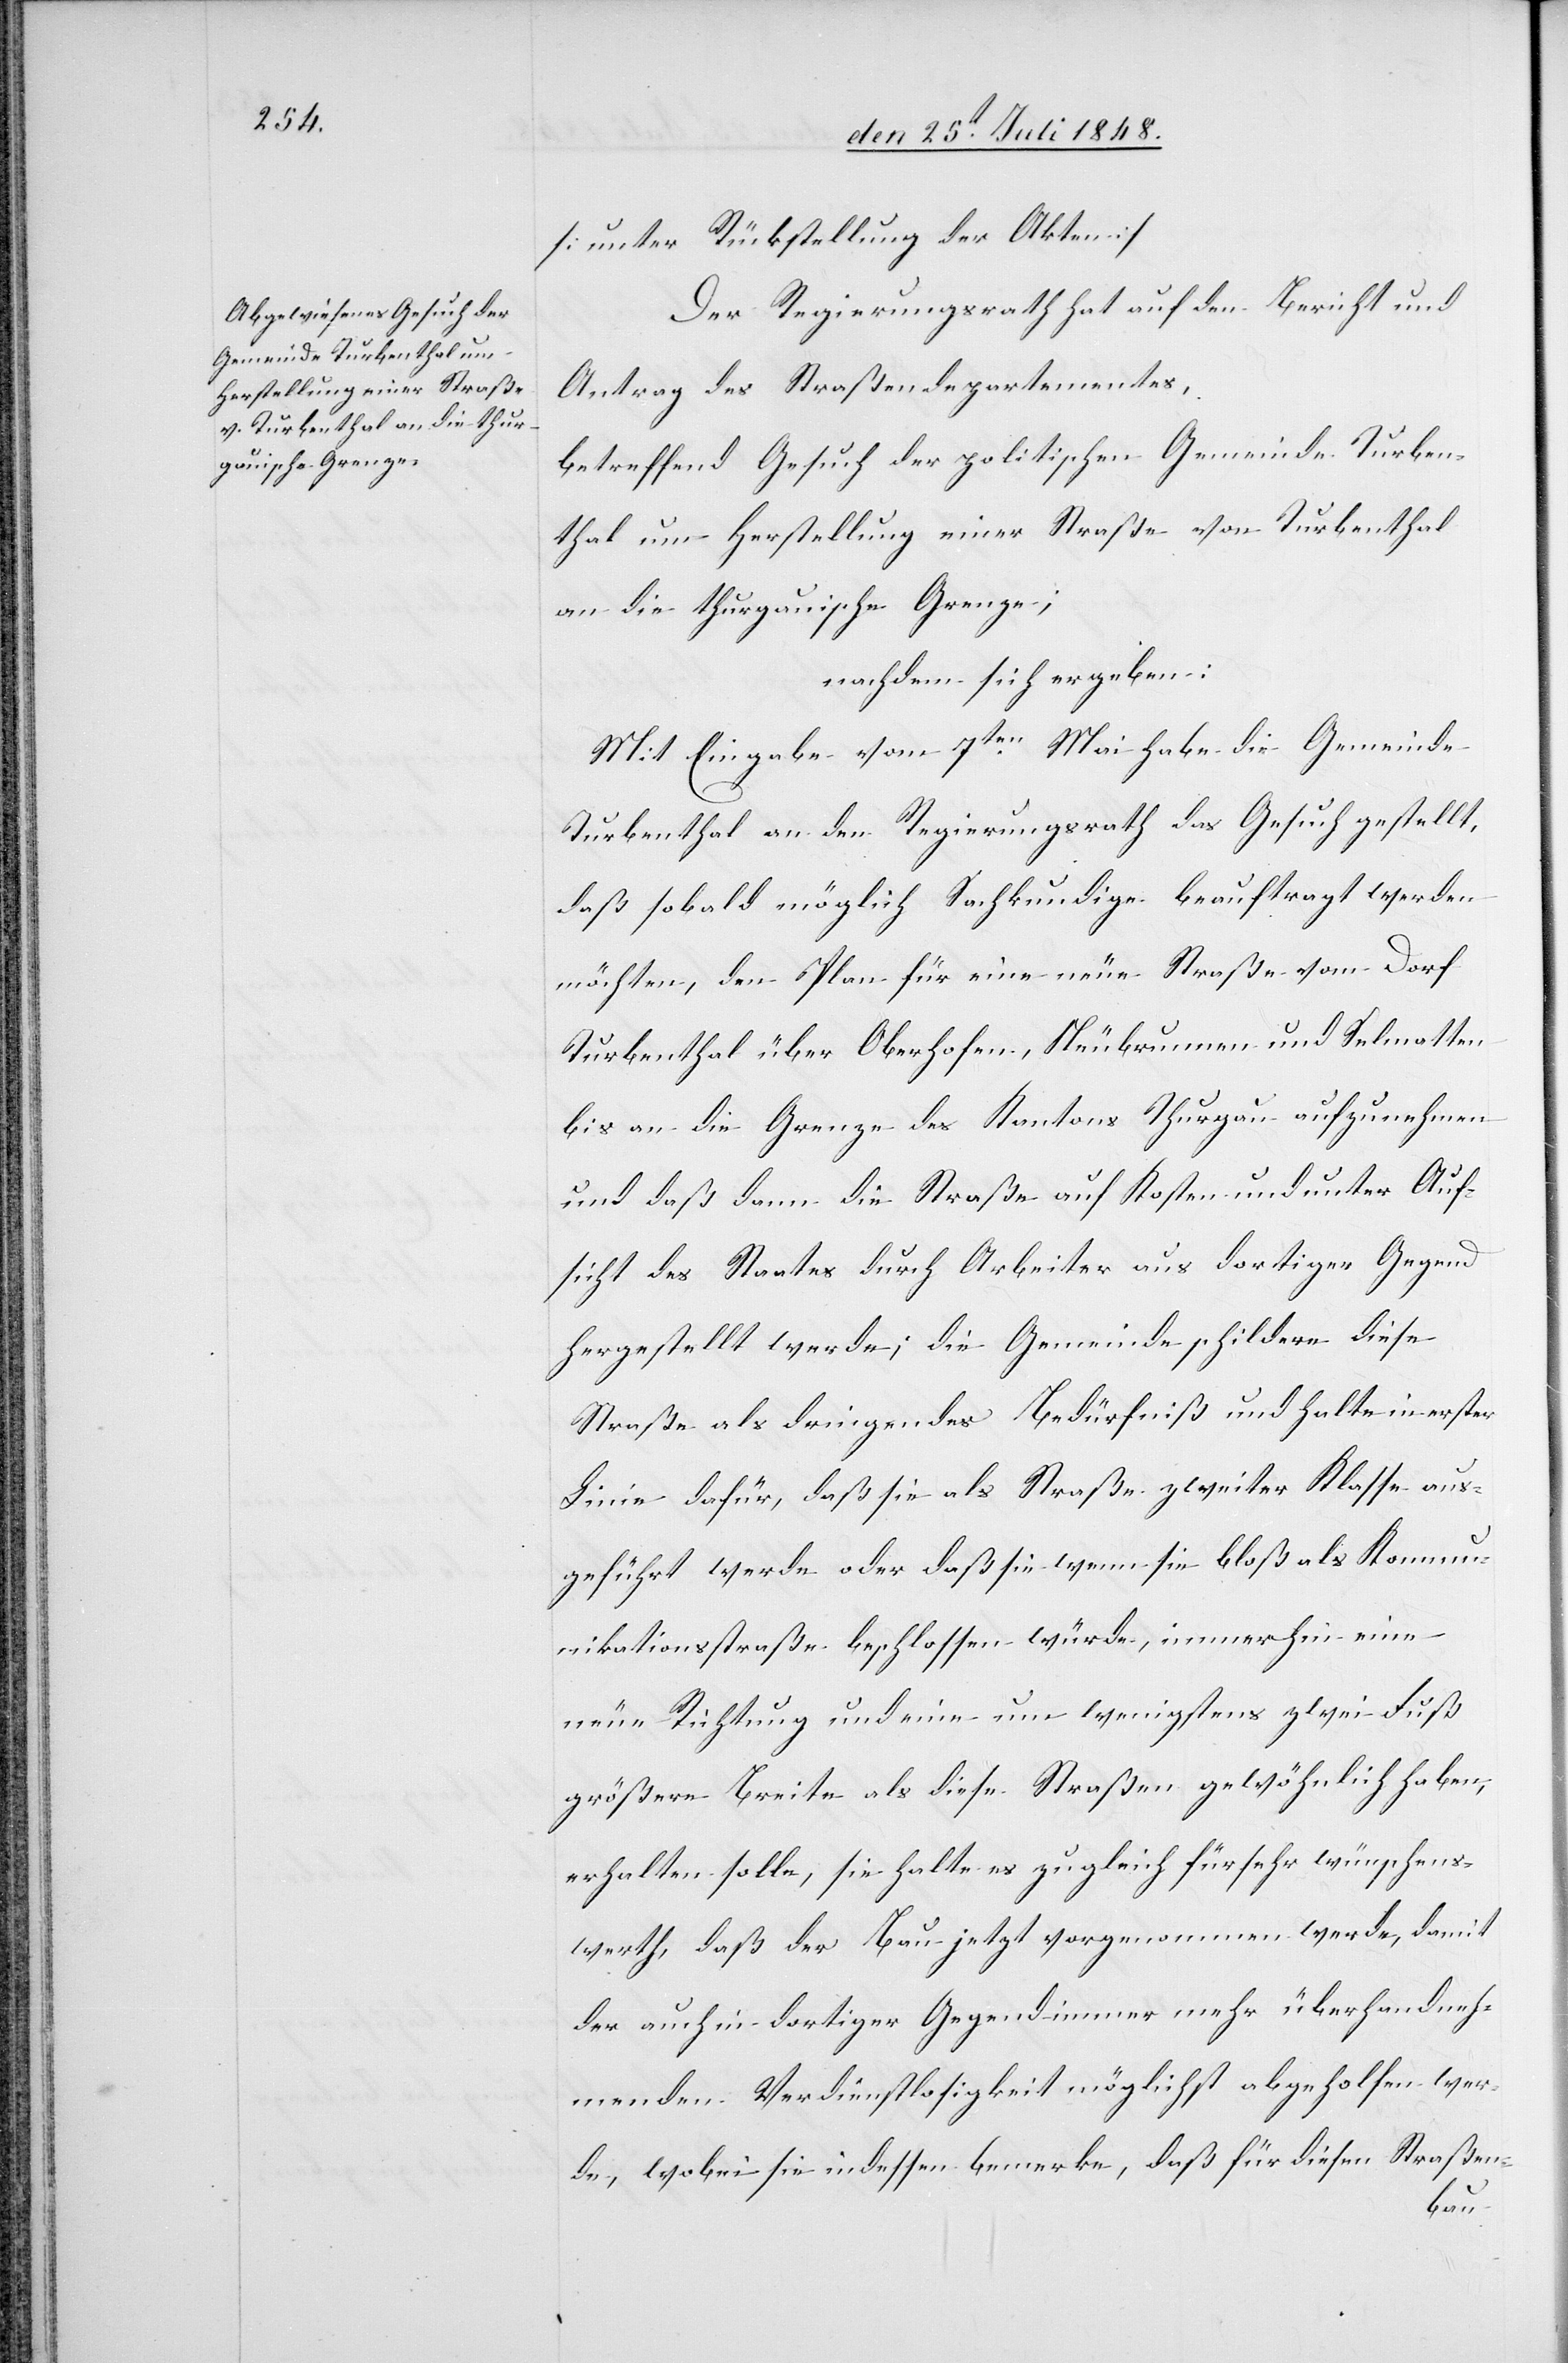
[Unter Rückstellung der Akten]
Der Regierungsrath hat auf den Bericht und
Antrag des Straßendepartementes,
betreffend Gesuch der politischen Gemeinde Turben¬
thal um Herstellung einer Straße von Turbenthal
an die thurgauische Grenze;
nachdem sich ergeben:
Mit Eingabe vom 7ten Mai habe die Gemeinde
Turbenthal an den Regierungsrath das Gesuch gestellt,
daß sobald möglich Sachkundige beauftragt werden
möchten, den Plan für eine neue Straße vom Dorf
Turbenthal über Oberhofen, Neubrunnen und Selmatten
bis an die Grenze des Kantons Thurgau aufzunehmen
und daß dann die Straße auf Kosten und unter Auf¬
sicht des Staates durch Arbeiter aus dortiger Gegend
hergestellt werde; die Gemeinde schildere diese
Straße als dringendes Bedürfniß und halte in erster
Linie dafür, daß sie als Straße zweiter Klasse aus¬
geführt werde oder daß sie wenn sie bloß als Kommu¬
nikationsstraße beschlossen würde, immerhin eine
neue Richtung und eine um wenigstens zwei Fuß
größere Breite als diese Straßen gewöhnlich haben,
erhalten solle, sie halte es zugleich für sehr wünschens¬
werth, daß der Bau jetzt vorgenommen werde, damit
der auch in dortiger Gegend immer mehr überhandneh¬
menden Verdienstlosigkeit möglichst abgeholfen wer¬
de, wobei sie indessen bemerke, daß für diesen Straßen-